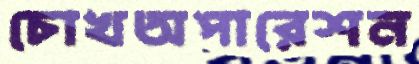
চোখঅপারেশন